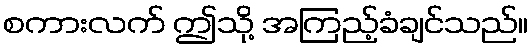
စကားလက် ဤသို့ အကြည့်ခံချင်သည်။